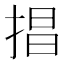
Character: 𢮵